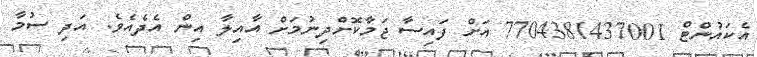
އެކައުންޓް 7704381437001 އަށް ފައިސާ ޖަމާކޮށްދިނުމަށް އާއިލާ އިން އެދެއެވެ. އަދި ސުމާ